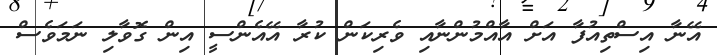
އޭނާ އިސްތިއުފާ އަށް އާއްމުންނާއި ވެރިކަން ކުރާ އޭއެންސީ އިން ގޮވާލި ނަމަވެސް